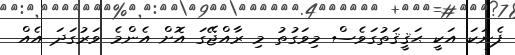
ފެނަކަ އަކީ ޙަޤީޤަތުގަވެސް މިވަގުތު މި ރާއްޖޭގަ އޮށް އެންމެ ވަރުގަދަ އެއް